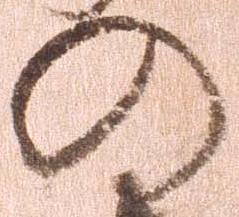
の